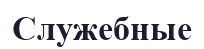
Служебные